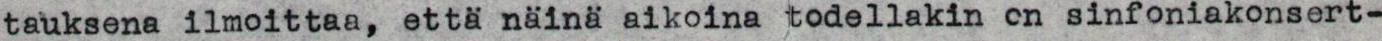
tauksena ilmoittaa, että näinä aikoina todellakin on sinfoniakonsert-